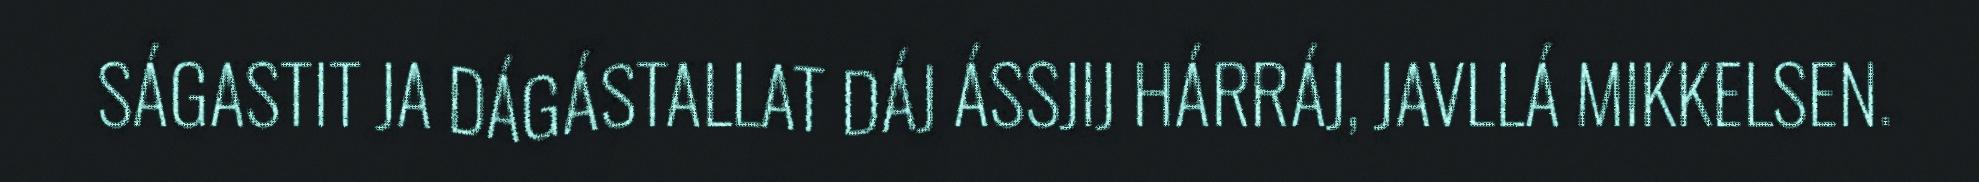
SÁGASTIT JA DÁGÁSTALLAT DÁJ ÁSSJIJ HÁRRÁJ, JAVLLÁ MIKKELSEN.